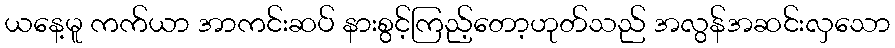
ယနေ့မူ ကက်ယာ အာကင်းဆပ် နားစွင့်ကြည့်တော့ဟုတ်သည် အလွန်အဆင်းလှသော